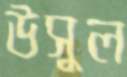
উসুল